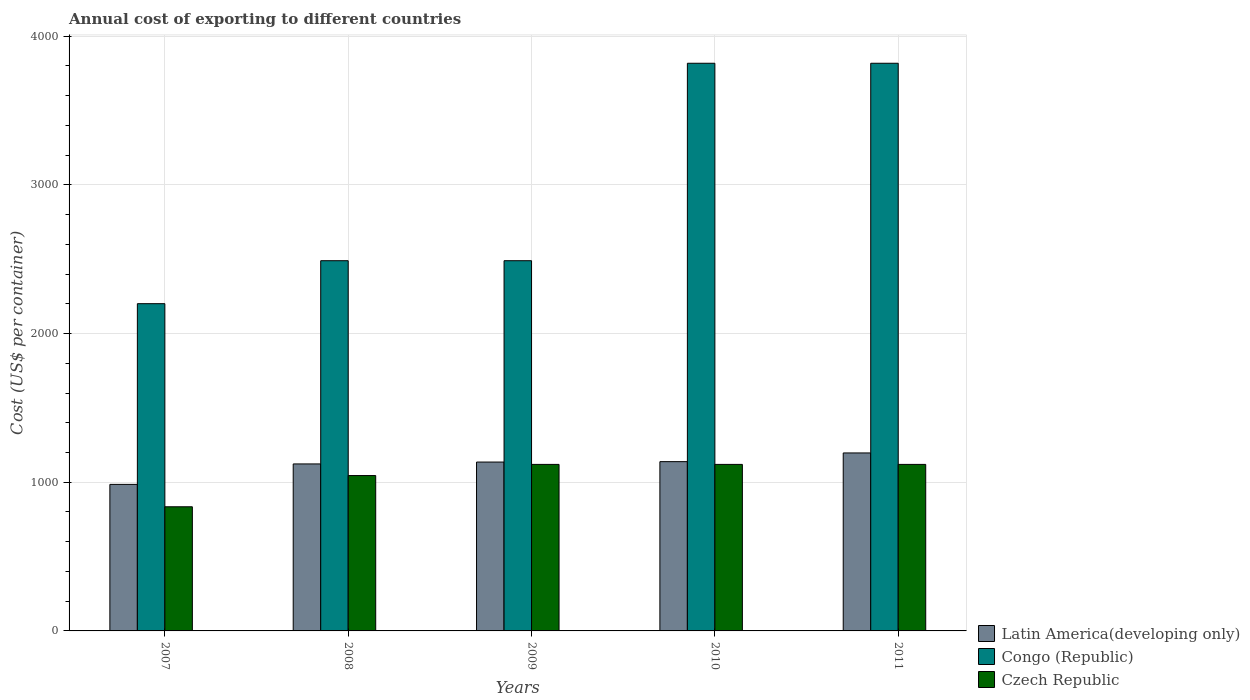
| Years | Latin America(developing only) | Congo (Republic) | Czech Republic |
 | --- | --- | --- | --- |
 | 2007 | 986 | 2.2e+03 | 835 |
 | 2008 | 1.12e+03 | 2.49e+03 | 1.04e+03 |
 | 2009 | 1.14e+03 | 2.49e+03 | 1.12e+03 |
 | 2010 | 1.14e+03 | 3.82e+03 | 1.12e+03 |
 | 2011 | 1.2e+03 | 3.82e+03 | 1.12e+03 |